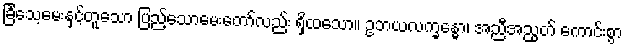
ခြင်္သေ့မေးနှင့်တူသော ပြည့်သောမေးတော်လည်း ရှိထသော။ ဥဘယလက္ခန္ဓော၊ အညီအညွတ် ကောင်းစွာ